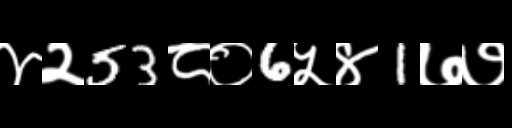
Text: ४२53८०6५४1७७